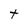
Character: t